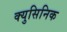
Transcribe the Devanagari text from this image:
क्युसिनिक